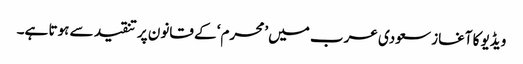
ویڈیو کا آغاز سعودی عرب میں ’محرم‘ کے قانون پر تنقید سے ہوتا ہے۔